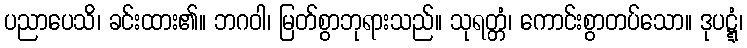
ပညာပေသိ၊ ခင်းထား၏။ ဘဂဝါ၊ မြတ်စွာဘုရားသည်။ သုရတ္တံ၊ ကောင်းစွာတပ်သော။ ဒုပဋ္ဋံ၊